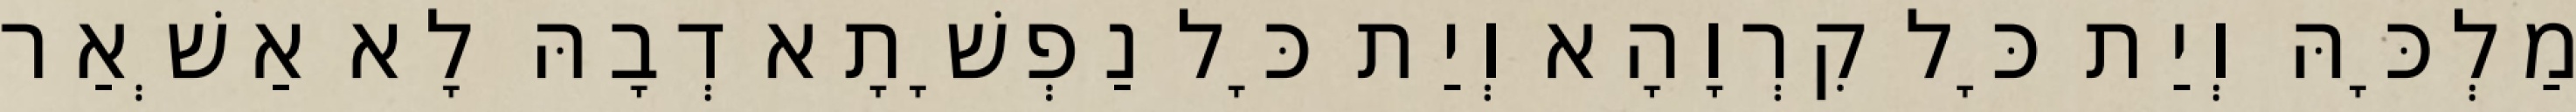
מַלְכָּהּ וְיַת כָּל קִרְוָהָא וְיַת כָּל נַפְשָׁתָא דְבָהּ לָא אַשְׁאַר